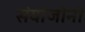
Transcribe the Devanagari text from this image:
संयोजोनो